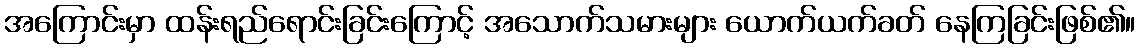
အကြောင်းမှာ ထန်းရည်ရောင်းခြင်းကြောင့် အသောက်သမားများ ယောက်ယက်ခတ် နေကြခြင်းဖြစ်၏။